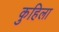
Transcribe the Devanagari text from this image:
कुहिला